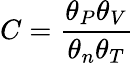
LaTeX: C=\frac{\theta_{P}\theta_{V}}{\theta_{n}\theta_{T}}